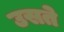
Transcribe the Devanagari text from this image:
उसते